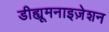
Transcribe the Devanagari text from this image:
डीह्यूमनाइज़ेशन